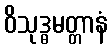
ဝိသုဒ္ဓမတ္တာနံ